Eesti_Rahvusfond, lk 59
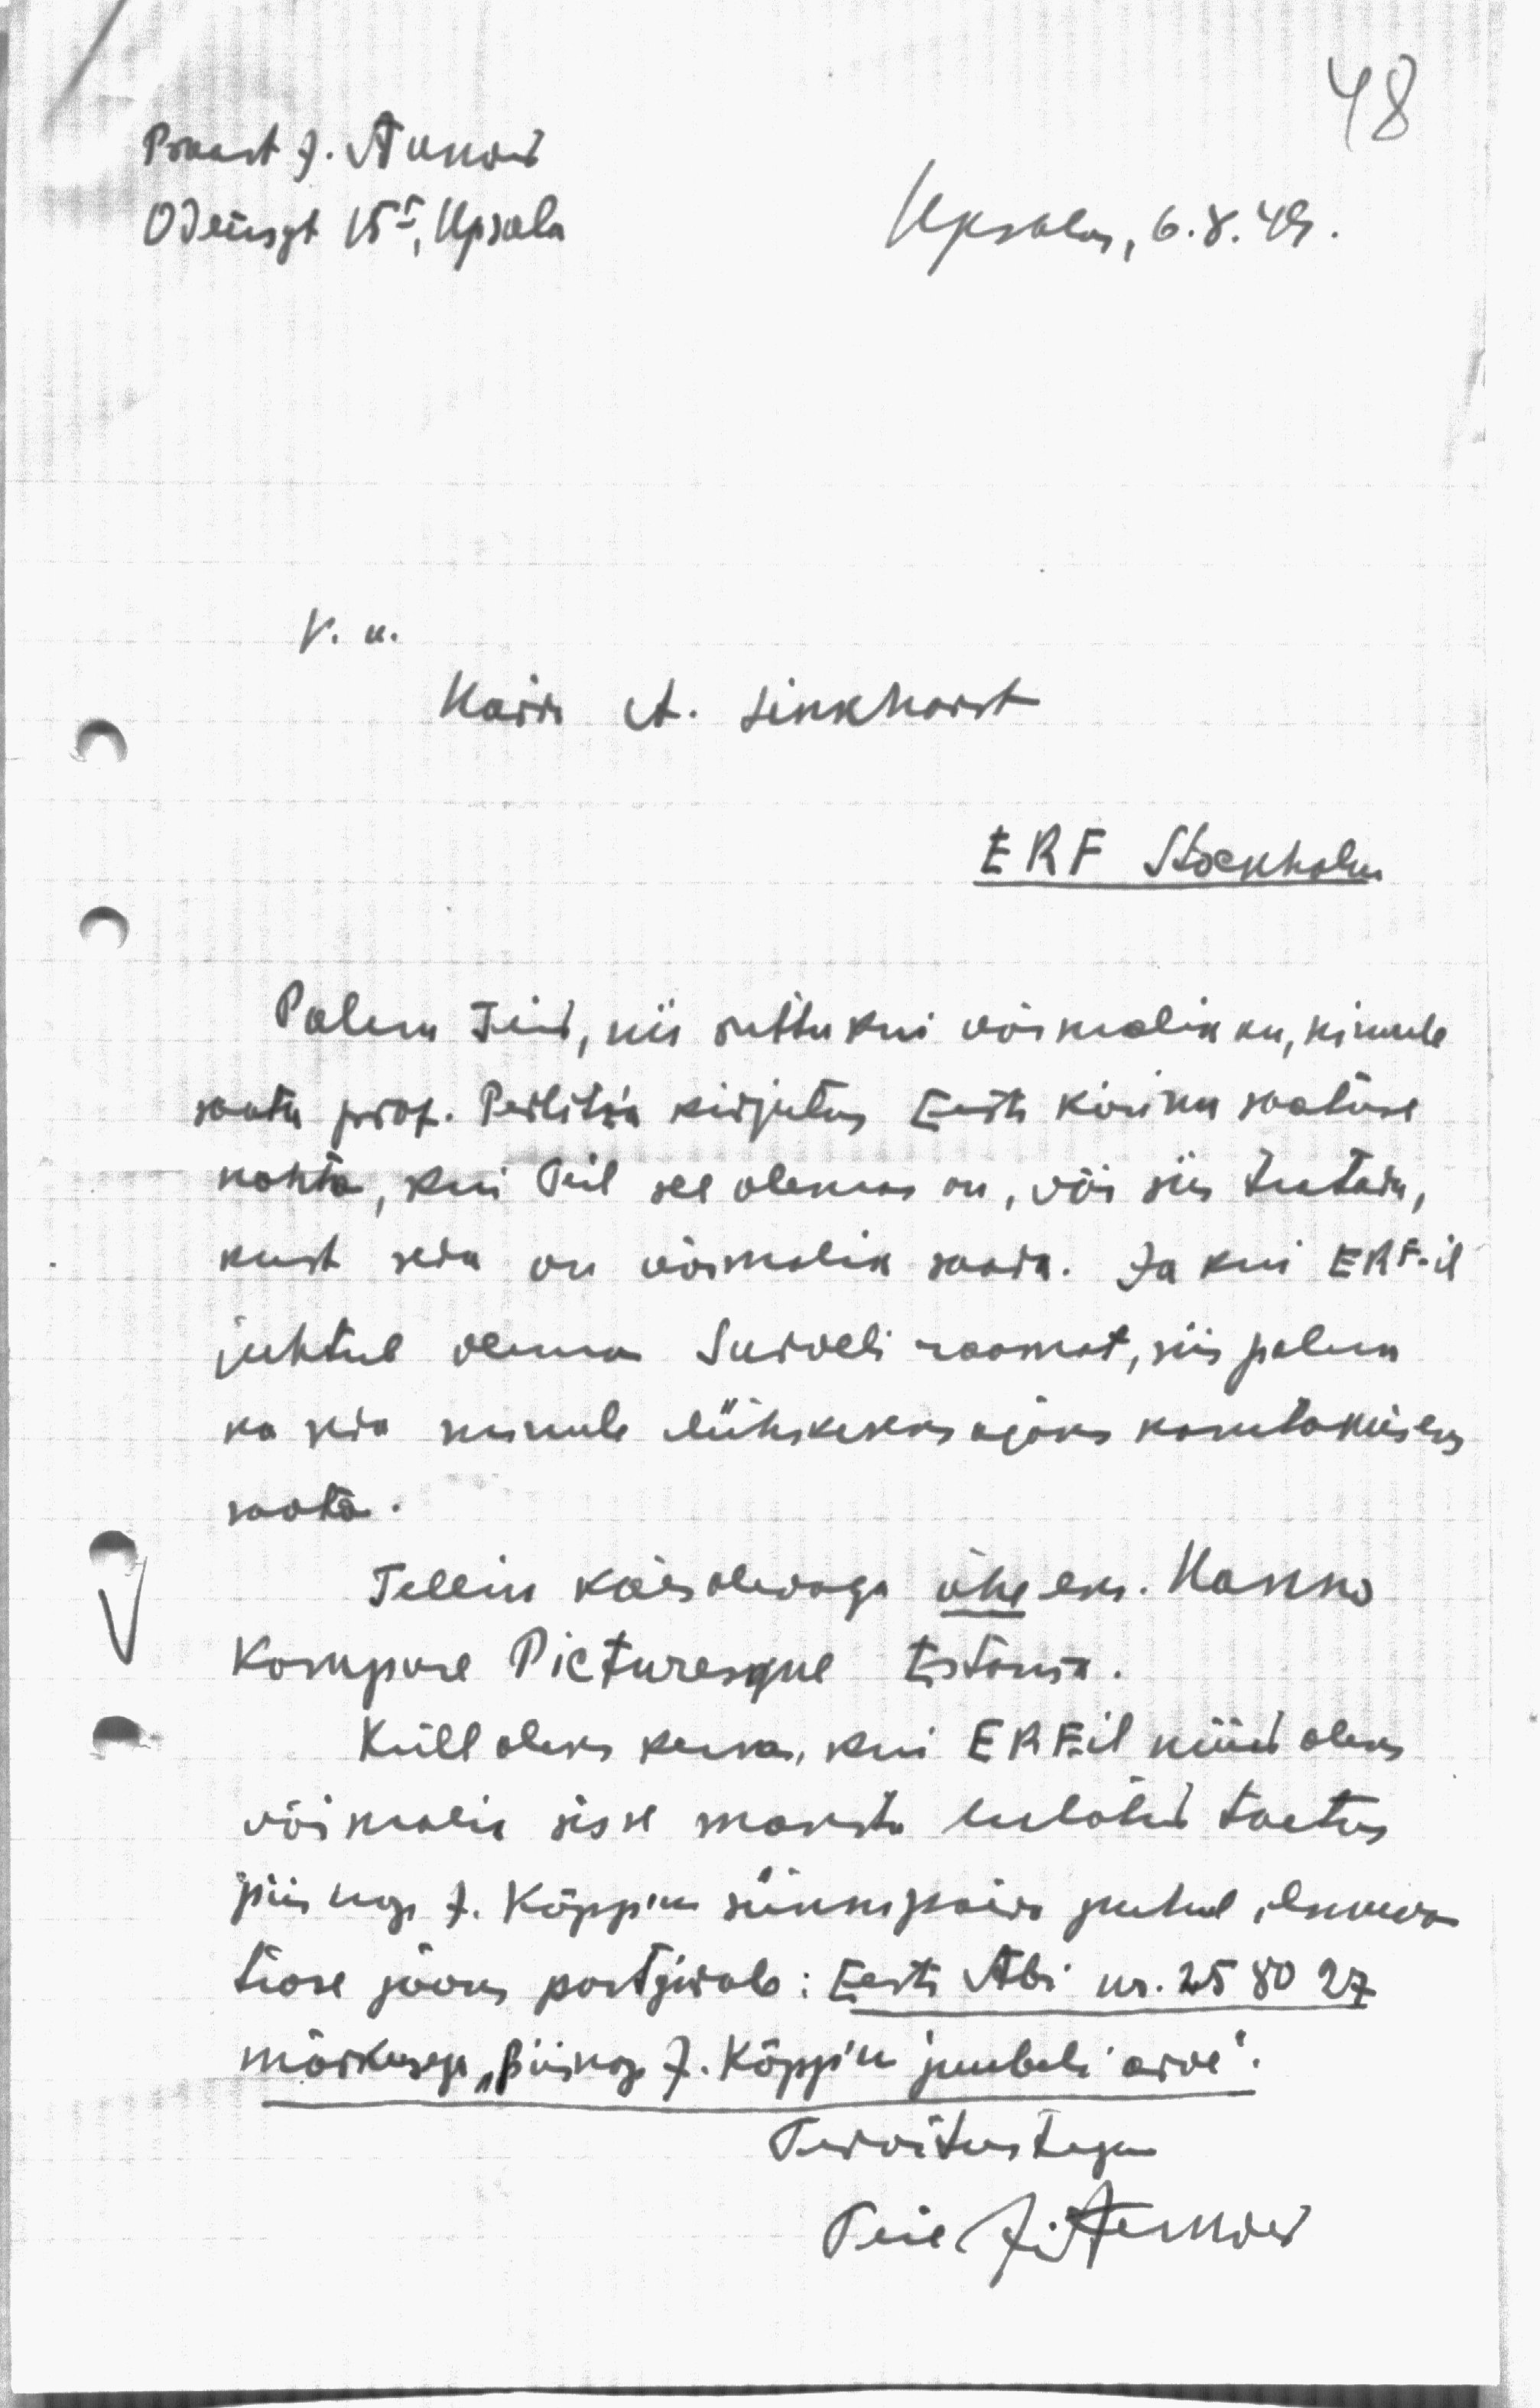
Praost J. Aunor
Odeüsst 15, Upsala
Upsalas, 6.8.49.

V. a.
Kalli, A. Linkhorst
ERF Stockholm
Palun teid, siis ruttu kui võimalikku, minule
saatu prof. Peilitia kirjutus Eesti kiriku saatuse
kohta, kui Teil see olemas on, või siis teatade,
kust seda on võimalik saada. Ja kui ERF-il
juhtub olema Surveli raamat, siis palun
ka seda minule lühikeseks ajaks kasutamiseks
wota.
Tellin käesolevaga üheeks. Hanno
Kompore Picturesque Eslans.
Küll oleks kena, kui E.R.F.il nüüd oleks
võimalik sisse maksta lubatud toetus
piiskopi J. Kõppiku sünnipäiva puhul ilmuwa
teose jaoks postgirole: Eesti Abi nr. 2580 27
märkusega "Piiskop J. Kõppik juubeli arve".
Tervitustega
Teie J. Armow